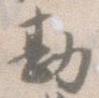
勘